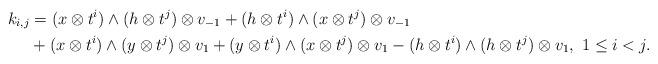
LaTeX: \begin{align*}k_{i,j}{ }&{ } = (x \otimes t^i) \wedge (h \otimes t^j) \otimes v_{-1} + (h \otimes t^i) \wedge (x \otimes t^j) \otimes v_{-1} \\{ }&{ }+ (x \otimes t^i) \wedge (y \otimes t^j) \otimes v_1+ (y \otimes t^i) \wedge (x \otimes t^j) \otimes v_1- (h \otimes t^i) \wedge (h \otimes t^j) \otimes v_1, \ 1 \leq i < j.\end{align*}